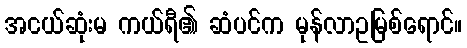
အငယ်ဆုံးမ ကယ်ရီ၏ ဆံပင်က မုန်လာဥမြစ်ရောင်။